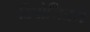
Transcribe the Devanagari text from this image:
दिपोजितम